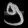
Digit: ၅